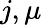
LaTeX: j,\mu